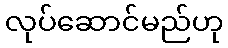
လုပ်ဆောင်မည်ဟု